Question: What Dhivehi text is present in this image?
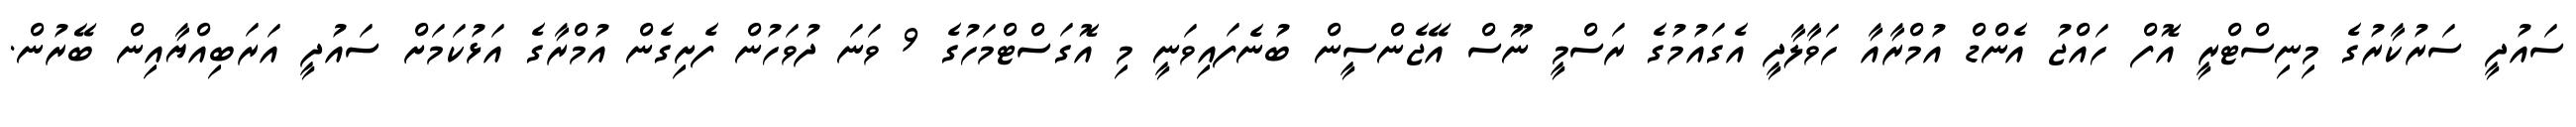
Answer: ސައުދީ ސަރުކާރުގެ މިނިސްޓްރީ އޮފް ހައްޖު އެންޑް އުމްރާއާ ހަވާލާދީ އެގައުމުގެ ރަސްމީ ނޫސް އޭޖެންސީން ބުނެފައިވަނީ މި އޮގަސްޓްމަހުގެ 9 ވަނަ ދުވަހުން ފެށިގެން އުމްރާގެ އަޅުކަމަށް ސައުދީ އަރަބިއްޔާއިން ބޭރުން.